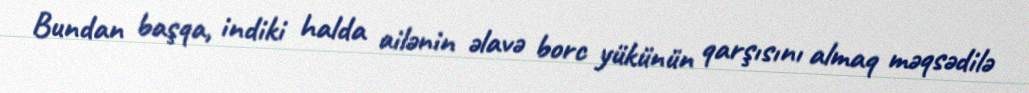
Bundan başqa, indiki halda ailənin əlavə borc yükünün qarşısını almaq məqsədilə